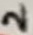
Text: 2